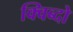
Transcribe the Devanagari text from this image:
क्विब्दो